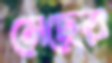
মেছের